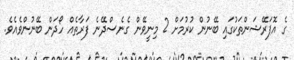
ގެ އޮޕަރޭޝަންތަކުގައި ބޭނުން ކުރުމަށް 2 މިނީވޭން ގެނެސްދޭނެ ފަރާތެއް ހޯދަން ބޭނުންވެއެވެ.